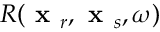
R ( \textbf { x } _ { r } , \textbf { x } _ { s } , \omega )